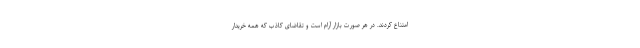
امتناع کردند. در هر صورت بازار آرام است و تقاضای کاذب که همه خریدار